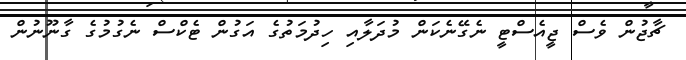
ޗާޖުން ވެސް ޖީއެސްޓީ ނެގޭނެކަން މުދަލާއި ހިދުމަތުގެ އަގުން ޓެކްސް ނެގުމުގެ ގާނޫނުން